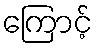
ကြောင့်